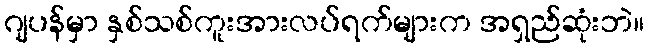
ဂျပန်မှာ နှစ်သစ်ကူးအားလပ်ရက်များက အရှည်ဆုံးဘဲ။